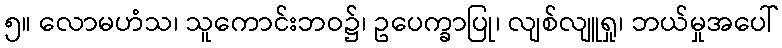
၅။ လောမဟံသ၊ သူကောင်းဘဝ၌၊ ဥပေက္ခာပြု၊ လျစ်လျူရှု၊ ဘယ်မှုအပေါ်